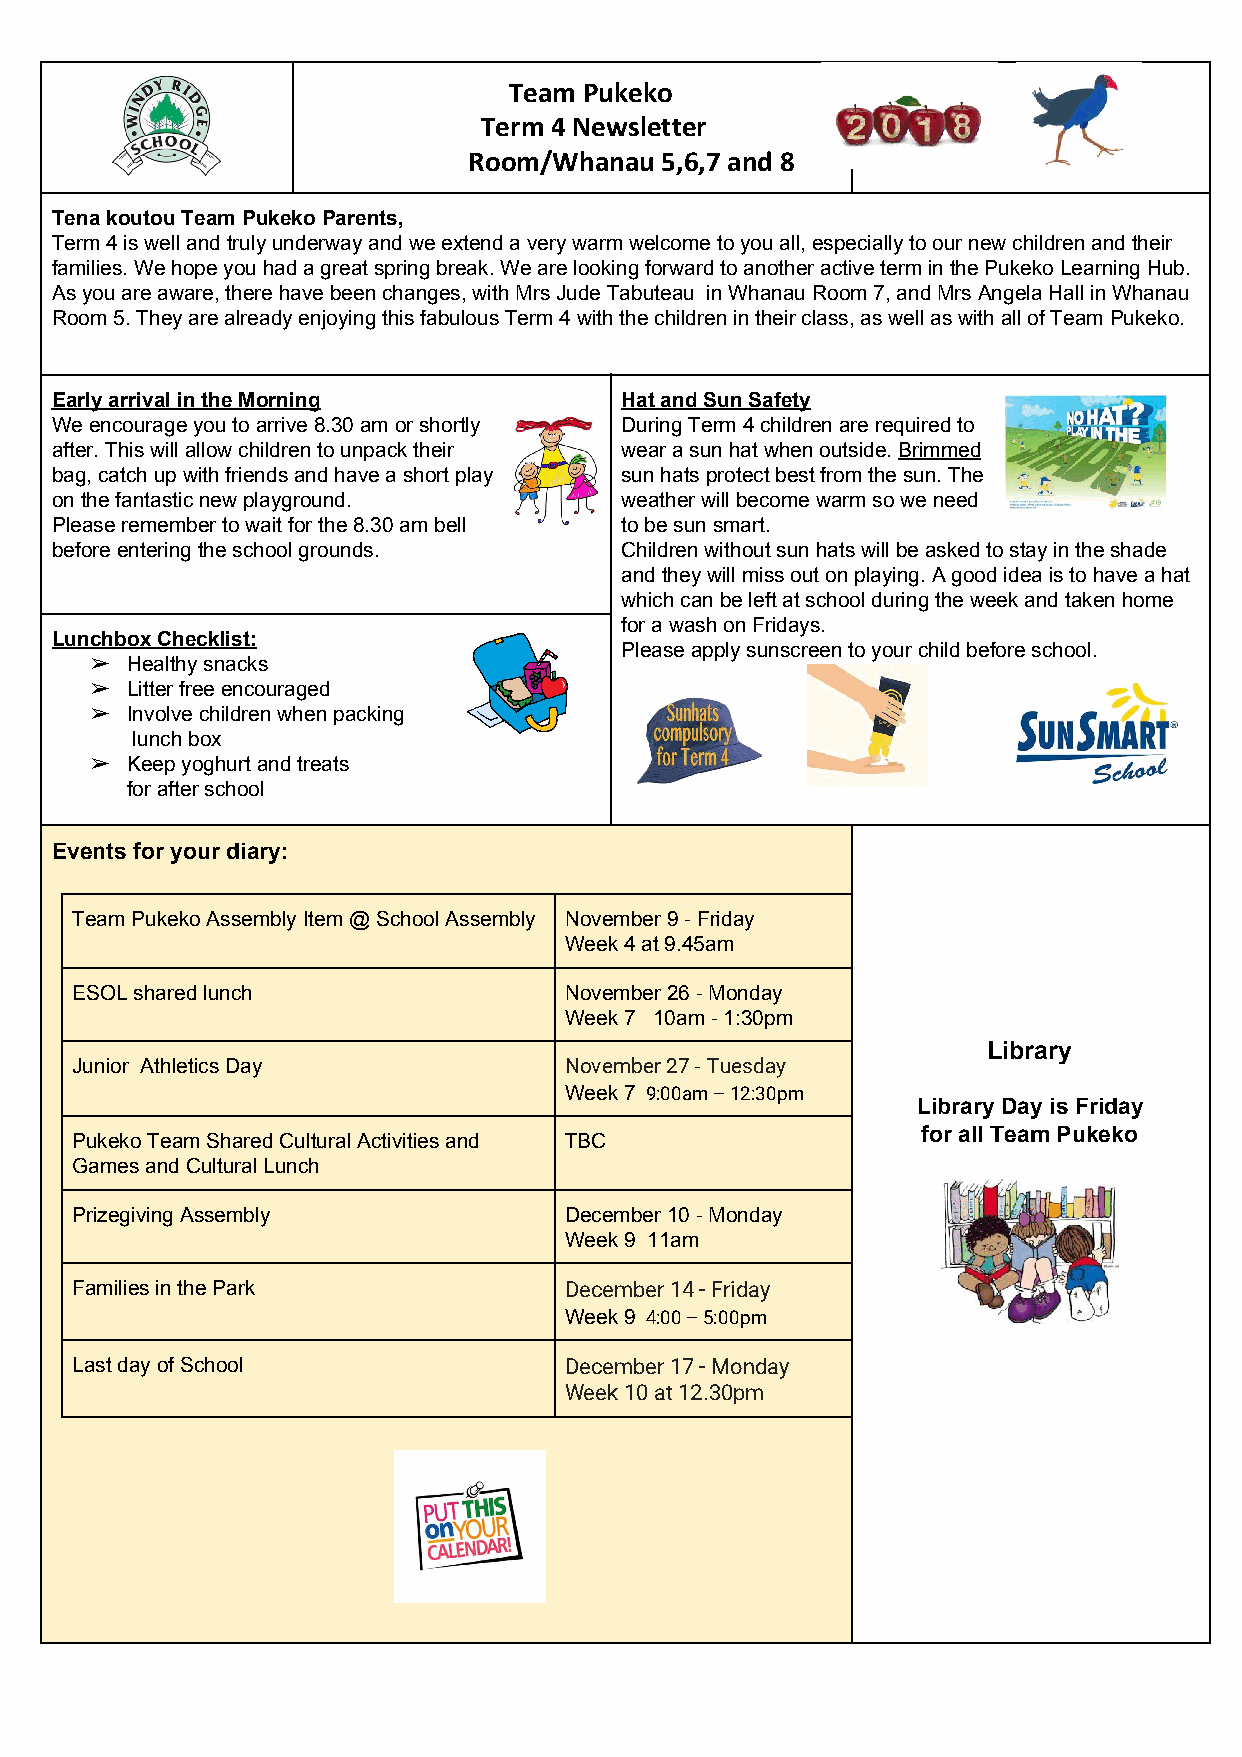
Team Pukeko
 Term 4 Newsletter
 Room/Whanau  5,6,7 and 8
 Tena koutou Team Pukeko Parents,
 Term 4 is well and truly underway and we extend a very warm welcome to you all, especially to our new children and their
 families. We hope you had a great spring break. We are looking forward to another active term in the Pukeko Learning Hub.
 As you are aware, there have been changes, with Mrs Jude Tabuteau in Whanau Room 7, and Mrs Angela Hall in Whanau
 Room 5. They are already enjoying this fabulous Term 4 with the children in their class, as well as with all of Team Pukeko.
 Early arrival in the Morning          Hat and Sun Safety
 We encourage you to arrive 8.30 am or shortly During Term 4 children are required to
 after. This will allow children to unpack their wear a sun hat when outside. Brimmed
 ​
 bag, catch up with friends and have a short play sun hats protect best from the sun. The
 on the fantastic new playground.      weather will become warm so we need
 Please remember to wait for the 8.30 am bell to be sun smart.
 before entering the school grounds.   Children without sun hats will be asked to stay in the shade
 and they will miss out on playing. A good idea is to have a hat
 which can be left at school during the week and taken home
 for a wash on Fridays.
 Lunchbox Checklist:
 Please apply sunscreen to your child before school.
 ➢ Healthy snacks
 ➢ Litter free encouraged
 ➢ Involve children when packing
 lunch box
 ➢ Keep yoghurt and treats
 for after school
 Events for your diary:
 Team Pukeko Assembly Item @ School Assembly November 9 - Friday
 Week 4 at 9.45am
 ESOL shared lunch               November 26 - Monday
 Week 7 10am - 1:30pm
 Library
 Junior Athletics Day            November 27 -​ Tuesday
 ​
 Week 7 9​ :00am – 12:30pm
 ​                  Library Day is Friday
 for all Team Pukeko
 Pukeko Team Shared Cultural Activities and TBC
 Games and Cultural Lunch
 Prizegiving Assembly            December 10 - Monday
 Week 9 11am
 Families in the Park            December 14 - Friday
 Week 9 4​ :00 – 5:00pm
 ​
 Last day of School              December 17 - Monday
 Week 10 at 12.30pm